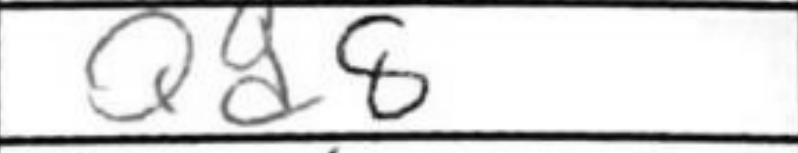
Transcription: Qd8